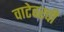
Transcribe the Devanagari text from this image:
वाटेवरची